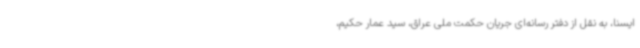
ایسنا، به نقل از دفتر رسانه‌ای جریان حکمت ملی عراق، سید عمار حکیم،